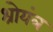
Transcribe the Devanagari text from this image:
श्रोयंत्र